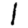
Digit: 1